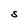
Character: S